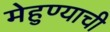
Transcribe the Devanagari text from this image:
मेहुण्याची